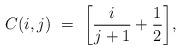
LaTeX: \begin{align*}C(i,j) \ = \ \bigg[\frac{i}{j+1} + \frac{1}{2}\bigg],\end{align*}